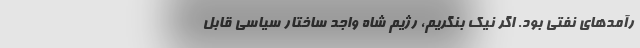
رآمدهاي نفتي بود. اگر نيك بنگريم، رژيم شاه واجد ساختار سياسي قابل